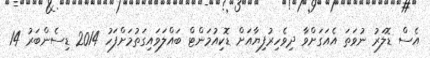
އެސް ޑޮލަރު ނުވަތަ އެއަގަށްވާ ދިވެހިރުފިޔާއަށް ޑޮކިއުމަންޓް ބައްލަވައިގަތުމަށްފަހު 2014 ޑިސެންބަރު 14